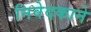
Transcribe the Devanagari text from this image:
निवेदकाने